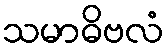
သမာဓိဗလံ